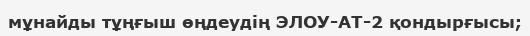
мұнайды тұңғыш өңдеудің ЭЛОУ-АТ-2 қондырғысы;